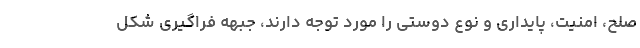
صلح، امنیت، پایداری و نوع دوستی را مورد توجه دارند، جبهه فراگیری شکل